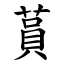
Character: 蒷